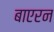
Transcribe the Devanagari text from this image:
बाएरन